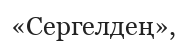
«Сергелдең»,